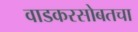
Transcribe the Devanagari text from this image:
वाडकरसोबतचा